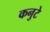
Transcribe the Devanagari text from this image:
कनुटे